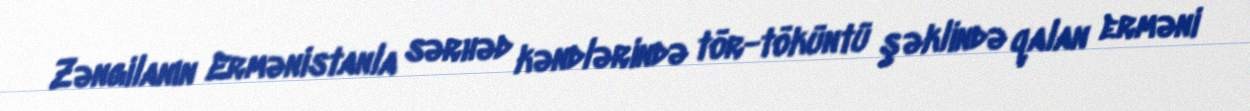
Zəngilanın Ermənistanla sərhəd kəndlərində tör-töküntü şəklində qalan erməni